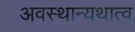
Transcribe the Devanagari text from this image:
अवस्थान्यथात्व